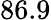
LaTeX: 86.9